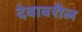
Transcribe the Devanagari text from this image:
देवावरील